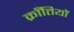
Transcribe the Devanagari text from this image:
क्राँतियों